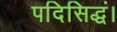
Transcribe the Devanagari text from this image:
पदिसिद्धं।